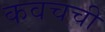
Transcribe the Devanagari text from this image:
कवचची